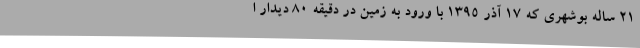
21 ساله بوشهری که ۱۷ آذر ۱۳۹۵ با ورود به زمین در دقیقه ۸۰ دیدار ا